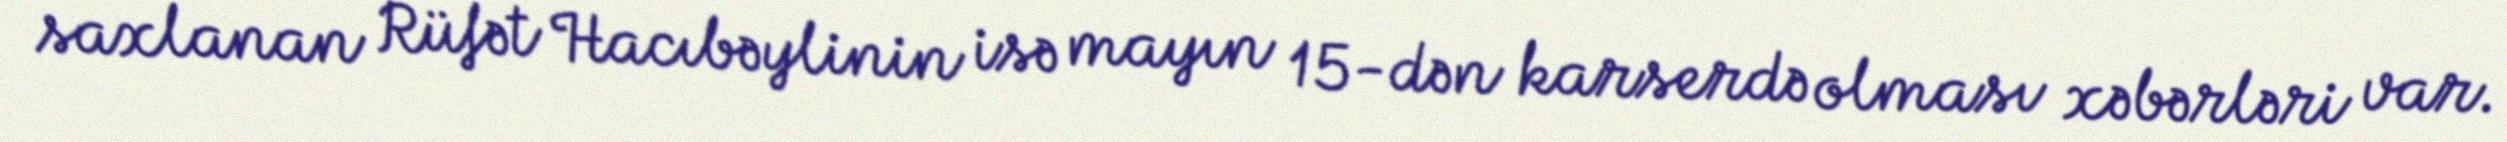
saxlanan Rüfət Hacıbəylinin isə mayın 15-dən karserdə olması xəbərləri var.